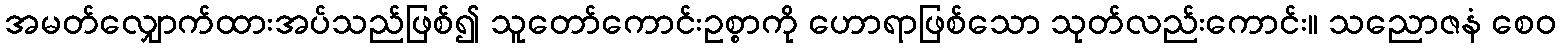
အမတ်လျှောက်ထားအပ်သည်ဖြစ်၍ သူတော်ကောင်းဥစ္စာကို ဟောရာဖြစ်သော သုတ်လည်းကောင်း။ သညောဇနံ စေဝ